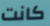
كانت